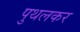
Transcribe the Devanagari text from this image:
पुथलकर